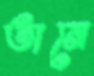
তানে